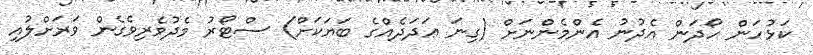
ކަޅުހަން ހޯދަން އެދުނު އެންމެންނަށް (ގިނަ ޢަދަދެއްގެ ބަޔަކަށް) ސްޓޯރު މެދުވެރިވެގެން ވަރަށްލުއި